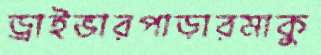
ড্রাইভারপাড়ারমাকু